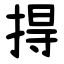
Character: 㧹